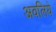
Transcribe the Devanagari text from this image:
अवलिये